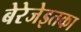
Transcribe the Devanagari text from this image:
बेरेजेइतका